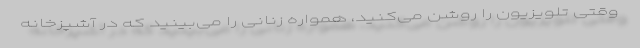
وقتی تلویزیون را روشن می‌کنید، همواره زنانی را می‌بینید که در آشپزخانه